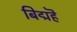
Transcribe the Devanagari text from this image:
बिद्महॆ